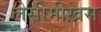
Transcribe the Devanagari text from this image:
लेसीमीख़स